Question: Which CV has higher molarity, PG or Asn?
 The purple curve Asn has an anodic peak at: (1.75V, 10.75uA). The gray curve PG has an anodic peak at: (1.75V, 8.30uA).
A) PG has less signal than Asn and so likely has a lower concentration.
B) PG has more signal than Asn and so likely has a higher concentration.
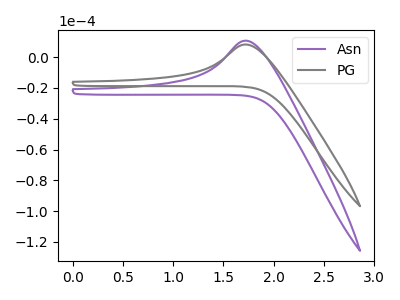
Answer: <think>All the peaks in "PG" have a peak in "Asn" at the same potential. Every peak in "PG" is lower than every peak in "Asn".
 </think>
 <answer>A) "PG" has less signal than "Asn" and so likely has a lower concentration.</answer>
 <eval>A</eval>